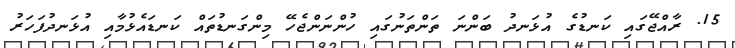
15. ރާއްޖޭގައި ކަނޑުގެ އުޅަނދު ބަންނަ ތަންތަނުގައި ހުންނަންޖެހޭ މިންގަނޑުތައް ކަނޑައެޅުމާއި އުޅަނދުފަހަރު